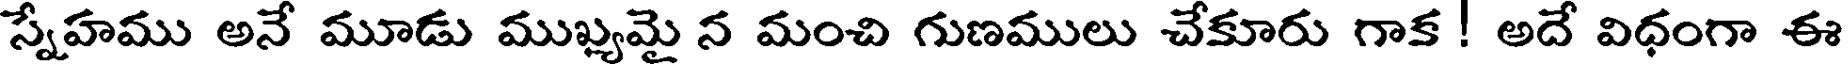
స్నేహము అనే మూడు ముఖ్యమై న మంచి గుణములు చేకూరు గాక! అదే విధంగా ఈ